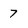
Character: 7